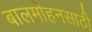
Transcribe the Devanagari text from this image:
बालमोहनसाठी